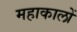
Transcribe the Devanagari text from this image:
महाकालों